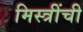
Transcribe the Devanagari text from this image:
मिस्त्रींची